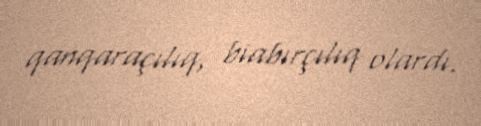
qanqaraçılıq, biabırçılıq olardı.